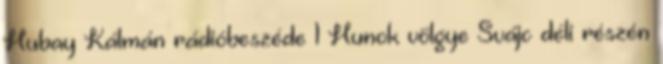
Hubay Kálmán rádióbeszéde 1 Hunok völgye Svájc déli részén